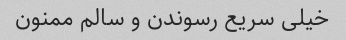
خیلی سریع رسوندن و سالم ممنون